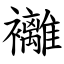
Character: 䙰